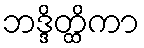
ဘဒ္ဒိတ္ထိကာ